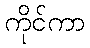
ကိုင်ကာ